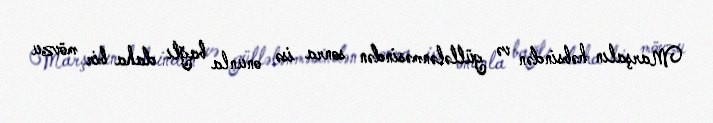
Marşalın həbsindən və güllələnməsindən sonra isə onunla bağlı daha bir mövzu